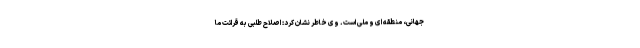
جهانی، منطقه ای و ملی است. وی خاطر نشان کرد: اصلاح طلبی به قرائت ما